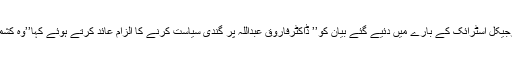
بی جے پی کے قومی نائب صدر نے ڈاکٹر فاروق عبداللہ کی طرف سے سرجیکل اسٹرائک کے بارے میں دئیے گئے بیان کو’’ ڈاکٹرفاروق عبداللہ پر گندی سیاست کرنے کا الزام عائد کرتے ہوئے کہا’’وہ کشمیر میں ایک بات تو جموں میں دوسری اور دہلی میں تیسری بات کرتے ہیں۔